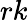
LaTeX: rk